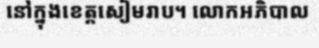
នៅក្នុងខេត្តសៀមរាប។ លោកអភិបាល